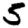
Digit: 5